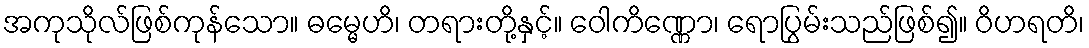
အကုသိုလ်ဖြစ်ကုန်သော။ ဓမ္မေဟိ၊ တရားတို့နှင့်။ ဝေါကိဏ္ဏော၊ ရောပြွမ်းသည်ဖြစ်၍။ ဝိဟရတိ၊